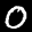
Label: 0